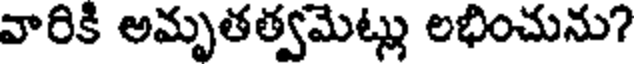
వారికి అమృతత్వమెట్లు లభించును?